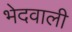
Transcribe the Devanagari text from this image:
भेदवाली